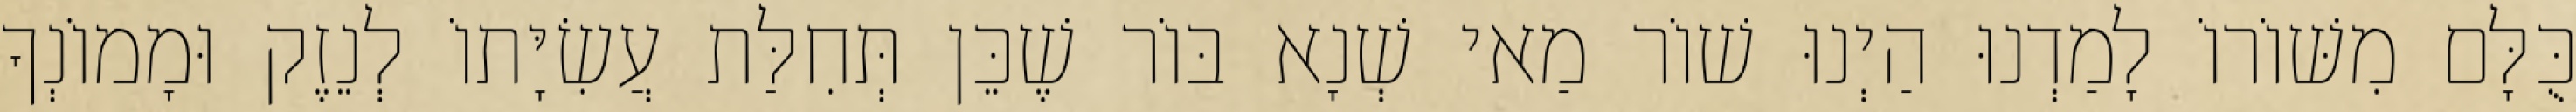
כֻּלָּם מִשּׁוֹרוֹ לָמַדְנוּ הַיְנוּ שׁוֹר מַאי שְׁנָא בּוֹר שֶׁכֵּן תְּחִלַּת עֲשִׂיָּתוֹ לְנֵזֶק וּמָמוֹנְךָ